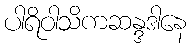
ပါရိဝါသိကဆန္ဒဒါနေ